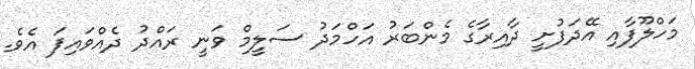
މަހްލޫފާއި އޭދަފުށީ ދާއިރާގެ މެންބަރު އަހްމަދު ސަލީމް ވަނީ ރައްދު ދެއްވައިފަ އެވެ.